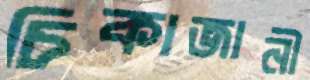
চিকাজানী